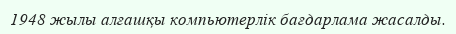
1948 жылы алғашқы компьютерлік бағдарлама жасалды.